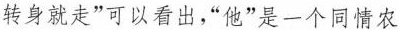
转身就走”可以看出，“他”是一个同情农